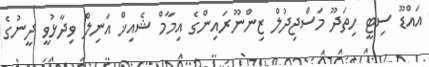
އައްޑޫ ސިޓީ ހިތަދޫ މަސްޖިދުލް ޒިންނޫރައިންގެ އިމާމް ޝެއިޚް އަނިލް ވިދާޅުވީ ދީނުގެ